Vaccination in the Punjab 1867-1880 - 1867-1880
Year: 1867
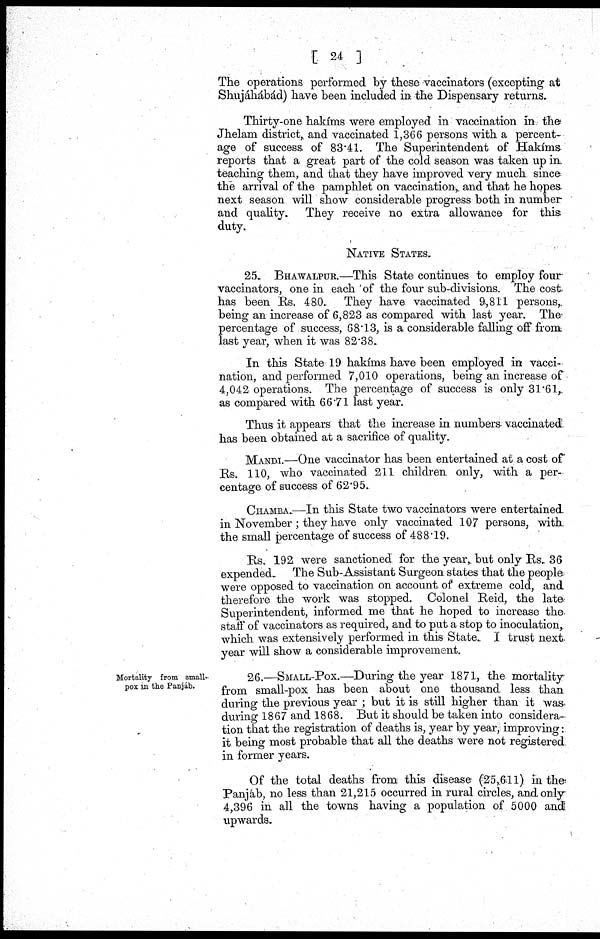
[ 24 ]
The operations performed by these vaccinators (excepting at
Shujáhábád) have been included in the Dispensary returns.
Thirty-one hakíms were employed in vaccination in the
Jhelam district, and vaccinated 1,366 persons with a percent-
age of success of 83.41. The Superintendent of Hakims
reports that a great part of the cold season was taken up in
teaching them, and that they have improved very much since
the arrival of the pamphlet on vaccination, and that he hopes
next season will show considerable progress both in number
and quality. They receive no extra allowance for this
duty.
NATIVE STATES.
25. BHAWALPUR.—This State continues to employ four
vaccinators, one in each of the four sub-divisions. The cost
has been Rs. 480. They have vaccinated 9,811 persons,
being an increase of 6,823 as compared with last year. The
percentage of success, 68.13, is a considerable falling off from
last year, when it was 82.38.
In this State 19 hakíms have been employed in vacci-
nation, and performed 7,010 operations, being an increase of
4,042 operations. The percentage of success is only 31.61,
as compared with 66.71 last year.
Thus it appears that the increase in numbers vaccinated
has been obtained at a sacrifice of quality.
MANDI.—One vaccinator has been entertained at a cost of
Rs. 110, who vaccinated 211 children only, with a per-
centage of success of 62.95.
CHAMBA.—In this State two vaccinators were entertained
in November ; they have only vaccinated 107 persons, with
the small percentage of success of 488.19.
Rs. 192 were sanctioned for the year, but only Rs. 36
expended. The Sub-Assistant Surgeon states that the people
were opposed to vaccination on account of extreme cold, and
therefore the work was stopped. Colonel Reid, the late
Superintendent, informed me that he hoped to increase the
staff of vaccinators as required, and to put a stop to inoculation,
which was extensively performed in this State. I trust next
year will show a considerable improvement.
Mortality from small-
pox in the Panjáb.
26.—SMALL-POX.—During the year 1871, the mortality
from small-pox has been about one thousand less than
during the previous year ; but it is still higher than it was
during 1867 and 1868. But it should be taken into considera-
tion that the registration of deaths is, year by year, improving:
it being most probable that all the deaths were not registered
in former years.
Of the total deaths from this disease (25,611) in the
Panjáb, no less than 21,215 occurred in rural circles, and only
4,396 in all the towns having a population of 5000 and
upwards.